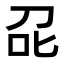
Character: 𭇌